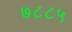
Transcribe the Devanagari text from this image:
७८८५